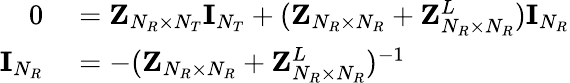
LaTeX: \begin{array}{rl}{0}&{{}={\mathbf{Z}}_{N_{R}\times N_{T}}{\mathbf{I}}_{N_{T}}+({\mathbf{Z}}_{N_{R}\times N_{R}}+{\mathbf{Z}}_{N_{R}\times N_{R}}^{L}){\mathbf{I}}_{N_{R}}}\\ {{\mathbf{I}}_{N_{R}}}&{{}=-({\mathbf{Z}}_{N_{R}\times N_{R}}+{\mathbf{Z}}_{N_{R}\times N_{R}}^{L})^{-1}}\end{array}